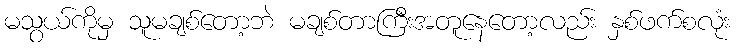
မသွယ်ကိုမှ သူမချစ်တော့ဘဲ မချစ်တာကြီးအတူနေတော့လည်း နှစ်ဖက်စလုံး